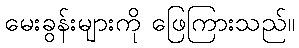
မေးခွန်းများကို ဖြေကြားသည်။